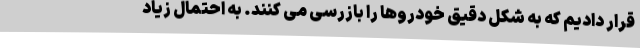
قرار دادیم که به شکل دقیق خودروها را بازرسی می کنند. به احتمال زیاد